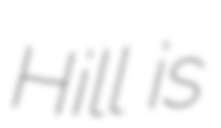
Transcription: Hill is